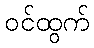
ဝင်ထွက်